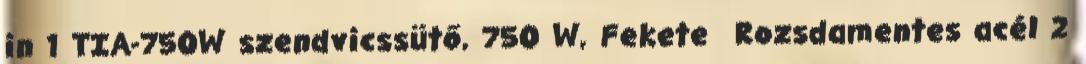
in 1 TIA-750W szendvicssütő, 750 W, Fekete Rozsdamentes acél 2